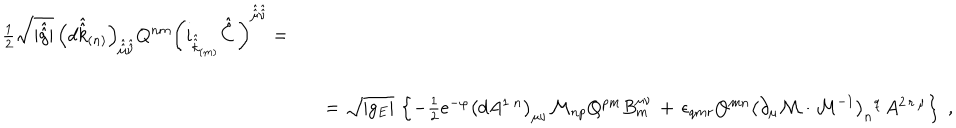
\begin{array} { r c l } { { \textstyle { \frac { 1 } { 2 } } \sqrt { | \hat { \hat { g } } | } \, \left( d \hat { \hat { k } } _ { ( n ) } \right) _ { \hat { \hat { \mu } } \hat { \hat { \nu } } } Q ^ { n m } \left( i _ { \hat { \hat { k } } _ { ( m ) } } \hat { \hat { C } \, } \right) ^ { \hat { \hat { \mu } } \hat { \hat { \nu } } } = } } & { { } } & { { } } \\ { { } } & { { } } & { { } } \\ { { } } & { { } } & { { \hspace { - 7 c m } = \sqrt { | g _ { E } | } \, \left\{ - \textstyle { \frac { 1 } { 2 } } e ^ { - \varphi } \left( d A ^ { 1 \ n } \right) _ { \mu \nu } \mathcal { M } _ { n p } Q ^ { p m } B _ { m } ^ { \mu \nu } \, + \, \epsilon _ { q m r } Q ^ { m n } \left( \partial _ { \mu } \mathcal { M } \cdot \mathcal { M } ^ { - 1 } \right) _ { n } { } ^ { q } \, A ^ { 2 \, r \, \mu } \right\} \; , } } \\ \end{array}